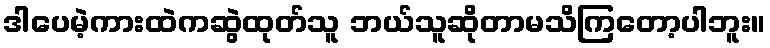
ဒါပေမဲ့ကားထဲကဆွဲထုတ်သူ ဘယ်သူဆိုတာမသိကြတော့ပါဘူး။